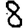
Digit: 8